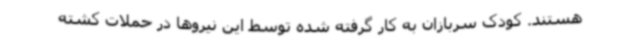
هستند. کودک سربازان به کار گرفته شده توسط این نیروها در حملات کشته